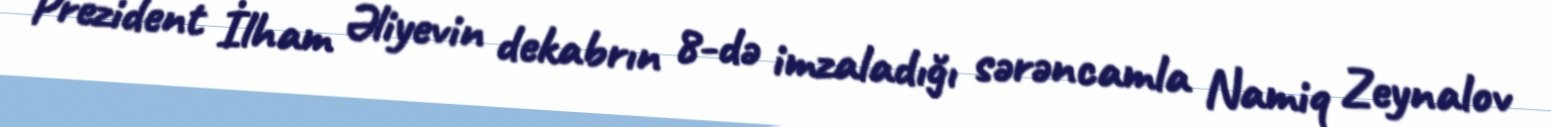
Prezident İlham Əliyevin dekabrın 8-də imzaladığı sərəncamla Namiq Zeynalov